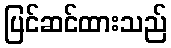
ပြင်ဆင်ထားသည်